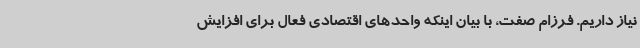
نیاز داریم. فرزام صفت، با بیان اینکه واحدهای اقتصادی فعال برای افزایش